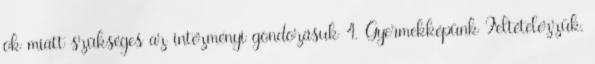
ok miatt szükséges az intézményi gondozásuk 4. Gyermekképünk Feltételezzük,